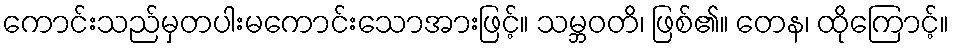
ကောင်းသည်မှတပါးမကောင်းသောအားဖြင့်။ သမ္ဘဝတိ၊ ဖြစ်၏။ တေန၊ ထိုကြောင့်။